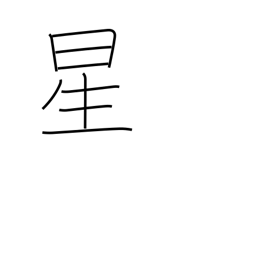
Meaning: star